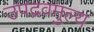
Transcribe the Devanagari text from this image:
उपद्रवमुल्य